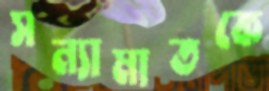
সন্যামাতকে